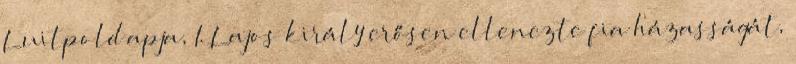
Luitpold apja, I. Lajos király erősen ellenezte fia házasságát,